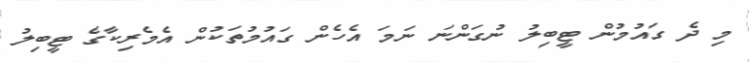
މި ދެ ގައުމުން ޓީބިލު ނުގަންނަ ނަމަ އެހެން ގައުމުތަކުން އެމެރިކާގެ ޓީބިލު